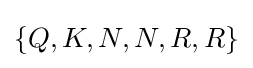
\{Q,K,N,N,R,R\}